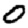
Digit: 0